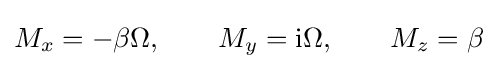
M_{x}=-\beta \Omega ,\qquad M_{y}={\rm {i}}\Omega ,\qquad M_{z}=\beta